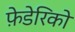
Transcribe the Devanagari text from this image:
फ़ेडेरिको